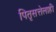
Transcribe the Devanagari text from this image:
पितृसत्तेलाही